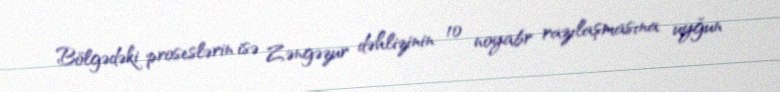
Bölgədəki proseslərin isə Zəngəzur dəhlizinin 10 noyabr razılaşmasına uyğun